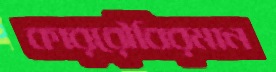
কাররৌবিরমান